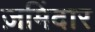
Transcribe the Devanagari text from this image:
ज़मिंदार